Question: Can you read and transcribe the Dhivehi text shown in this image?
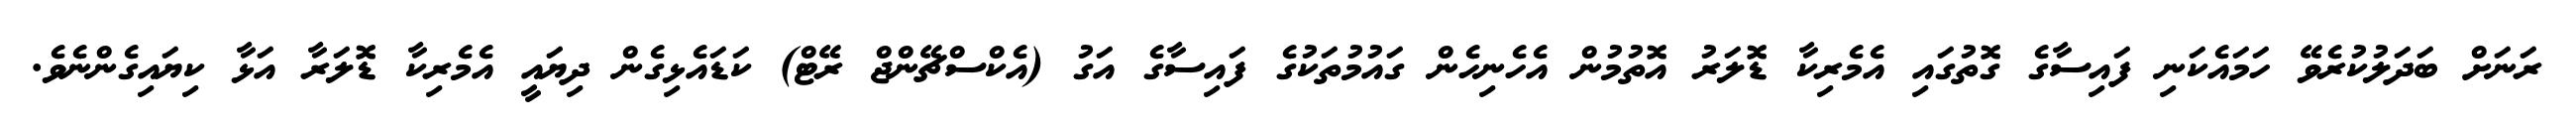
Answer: ރަނަށް ބަދަލުކުރެވޭ ހަމައެކަނި ފައިސާގެ ގޮތުގައި އެމެރިކާ ޑޮލަރު އޮތުމުން އެހެނިހެން ގައުމުތަކުގެ ފައިސާގެ އަގު (އެކްސްޗޭންޖް ރޭޓް) ކަޑައެޅިގެން ދިޔައީ އެމެރިކާ ޑޮލަރާ އަޅާ ކިޔައިގެންނެވެ.